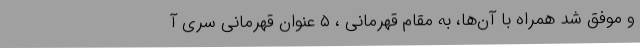
و موفق شد همراه با آن‌ها، به مقام قهرمانی ، ۵ عنوان قهرمانی سری آ